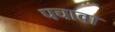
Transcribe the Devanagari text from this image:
पचावा